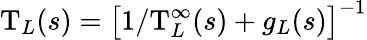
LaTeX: \mathrm{T}_{L}(s)=\big[1/\mathrm{T}_{L}^{\infty}(s)+g_{L}(s)\big]^{-1}